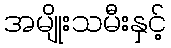
အမျိုးသမီးနှင့်